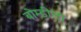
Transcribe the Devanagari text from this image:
बोम्डीला